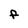
Character: F